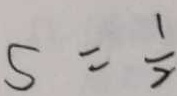
5 = \frac { 1 } { 2 }